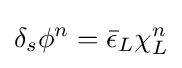
\delta _{s}\phi ^{n}={\bar {\epsilon }}_{L}\chi _{L}^{n}